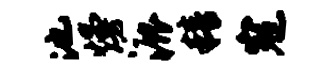
池熳漉精寇